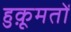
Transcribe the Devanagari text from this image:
हुक़ूमतों